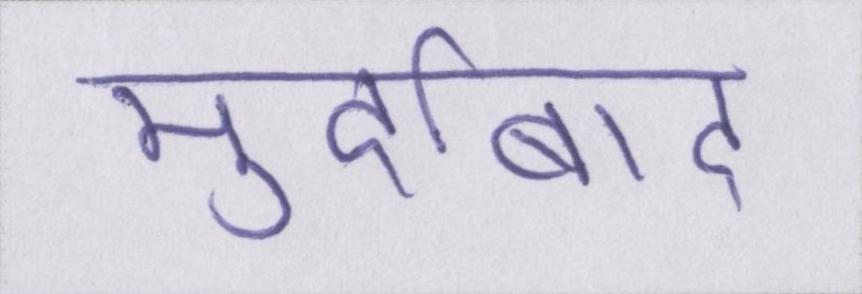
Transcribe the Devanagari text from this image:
मुर्दाबाद